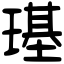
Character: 璂